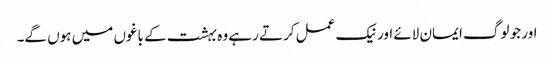
اور جو لوگ ایمان لائے اور نیک عمل کرتے رہے وہ بہشت کے باغوں میں ہوں گے۔